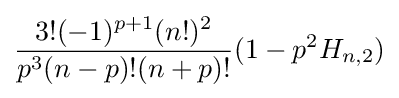
{\frac {3!(-1)^{p+1}(n!)^{2}}{p^{3}(n-p)!(n+p)!}}(1-p^{2}H_{n,2})